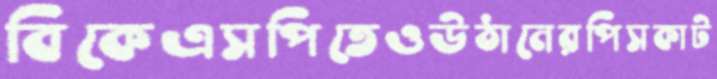
বিকেএসপিতেওউঠানেরপিসকাট